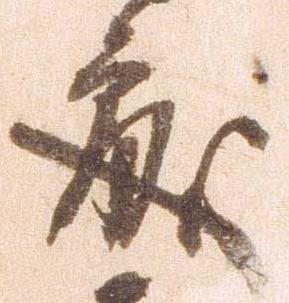
処